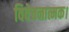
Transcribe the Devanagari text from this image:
विवेचनात्मक।